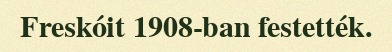
Freskóit 1908-ban festették.